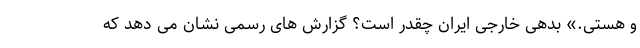
و هستی.» بدهی خارجی ایران چقدر است؟ گزارش های رسمی نشان می دهد که